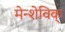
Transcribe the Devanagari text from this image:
मेन्शेविक्